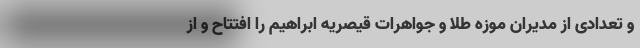
و تعدادی از مدیران موزه طلا و جواهرات قیصریه ابراهیم را افتتاح و از